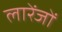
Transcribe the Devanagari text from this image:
लारेंजों